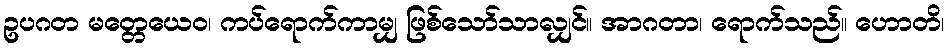
ဥပဂတ မတ္တေယေဝ၊ ကပ်ရောက်ကာမျှ ဖြစ်သော်သာလျှင်။ အာဂတာ၊ ရောက်သည်။ ဟောတိ၊